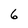
Character: 6